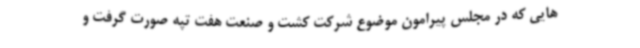
هایی که در مجلس پیرامون موضوع شرکت کشت و صنعت هفت تپه صورت گرفت و